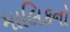
માલિકનો